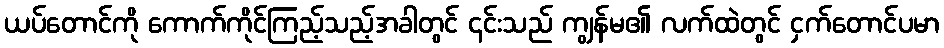
ယပ်တောင်ကို ကောက်ကိုင်ကြည့်သည့်အခါတွင် ၎င်းသည် ကျွန်မ၏ လက်ထဲတွင် ငှက်တောင်ပမာ